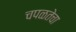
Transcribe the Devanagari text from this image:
चपळतेचा